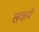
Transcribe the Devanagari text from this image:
तकने